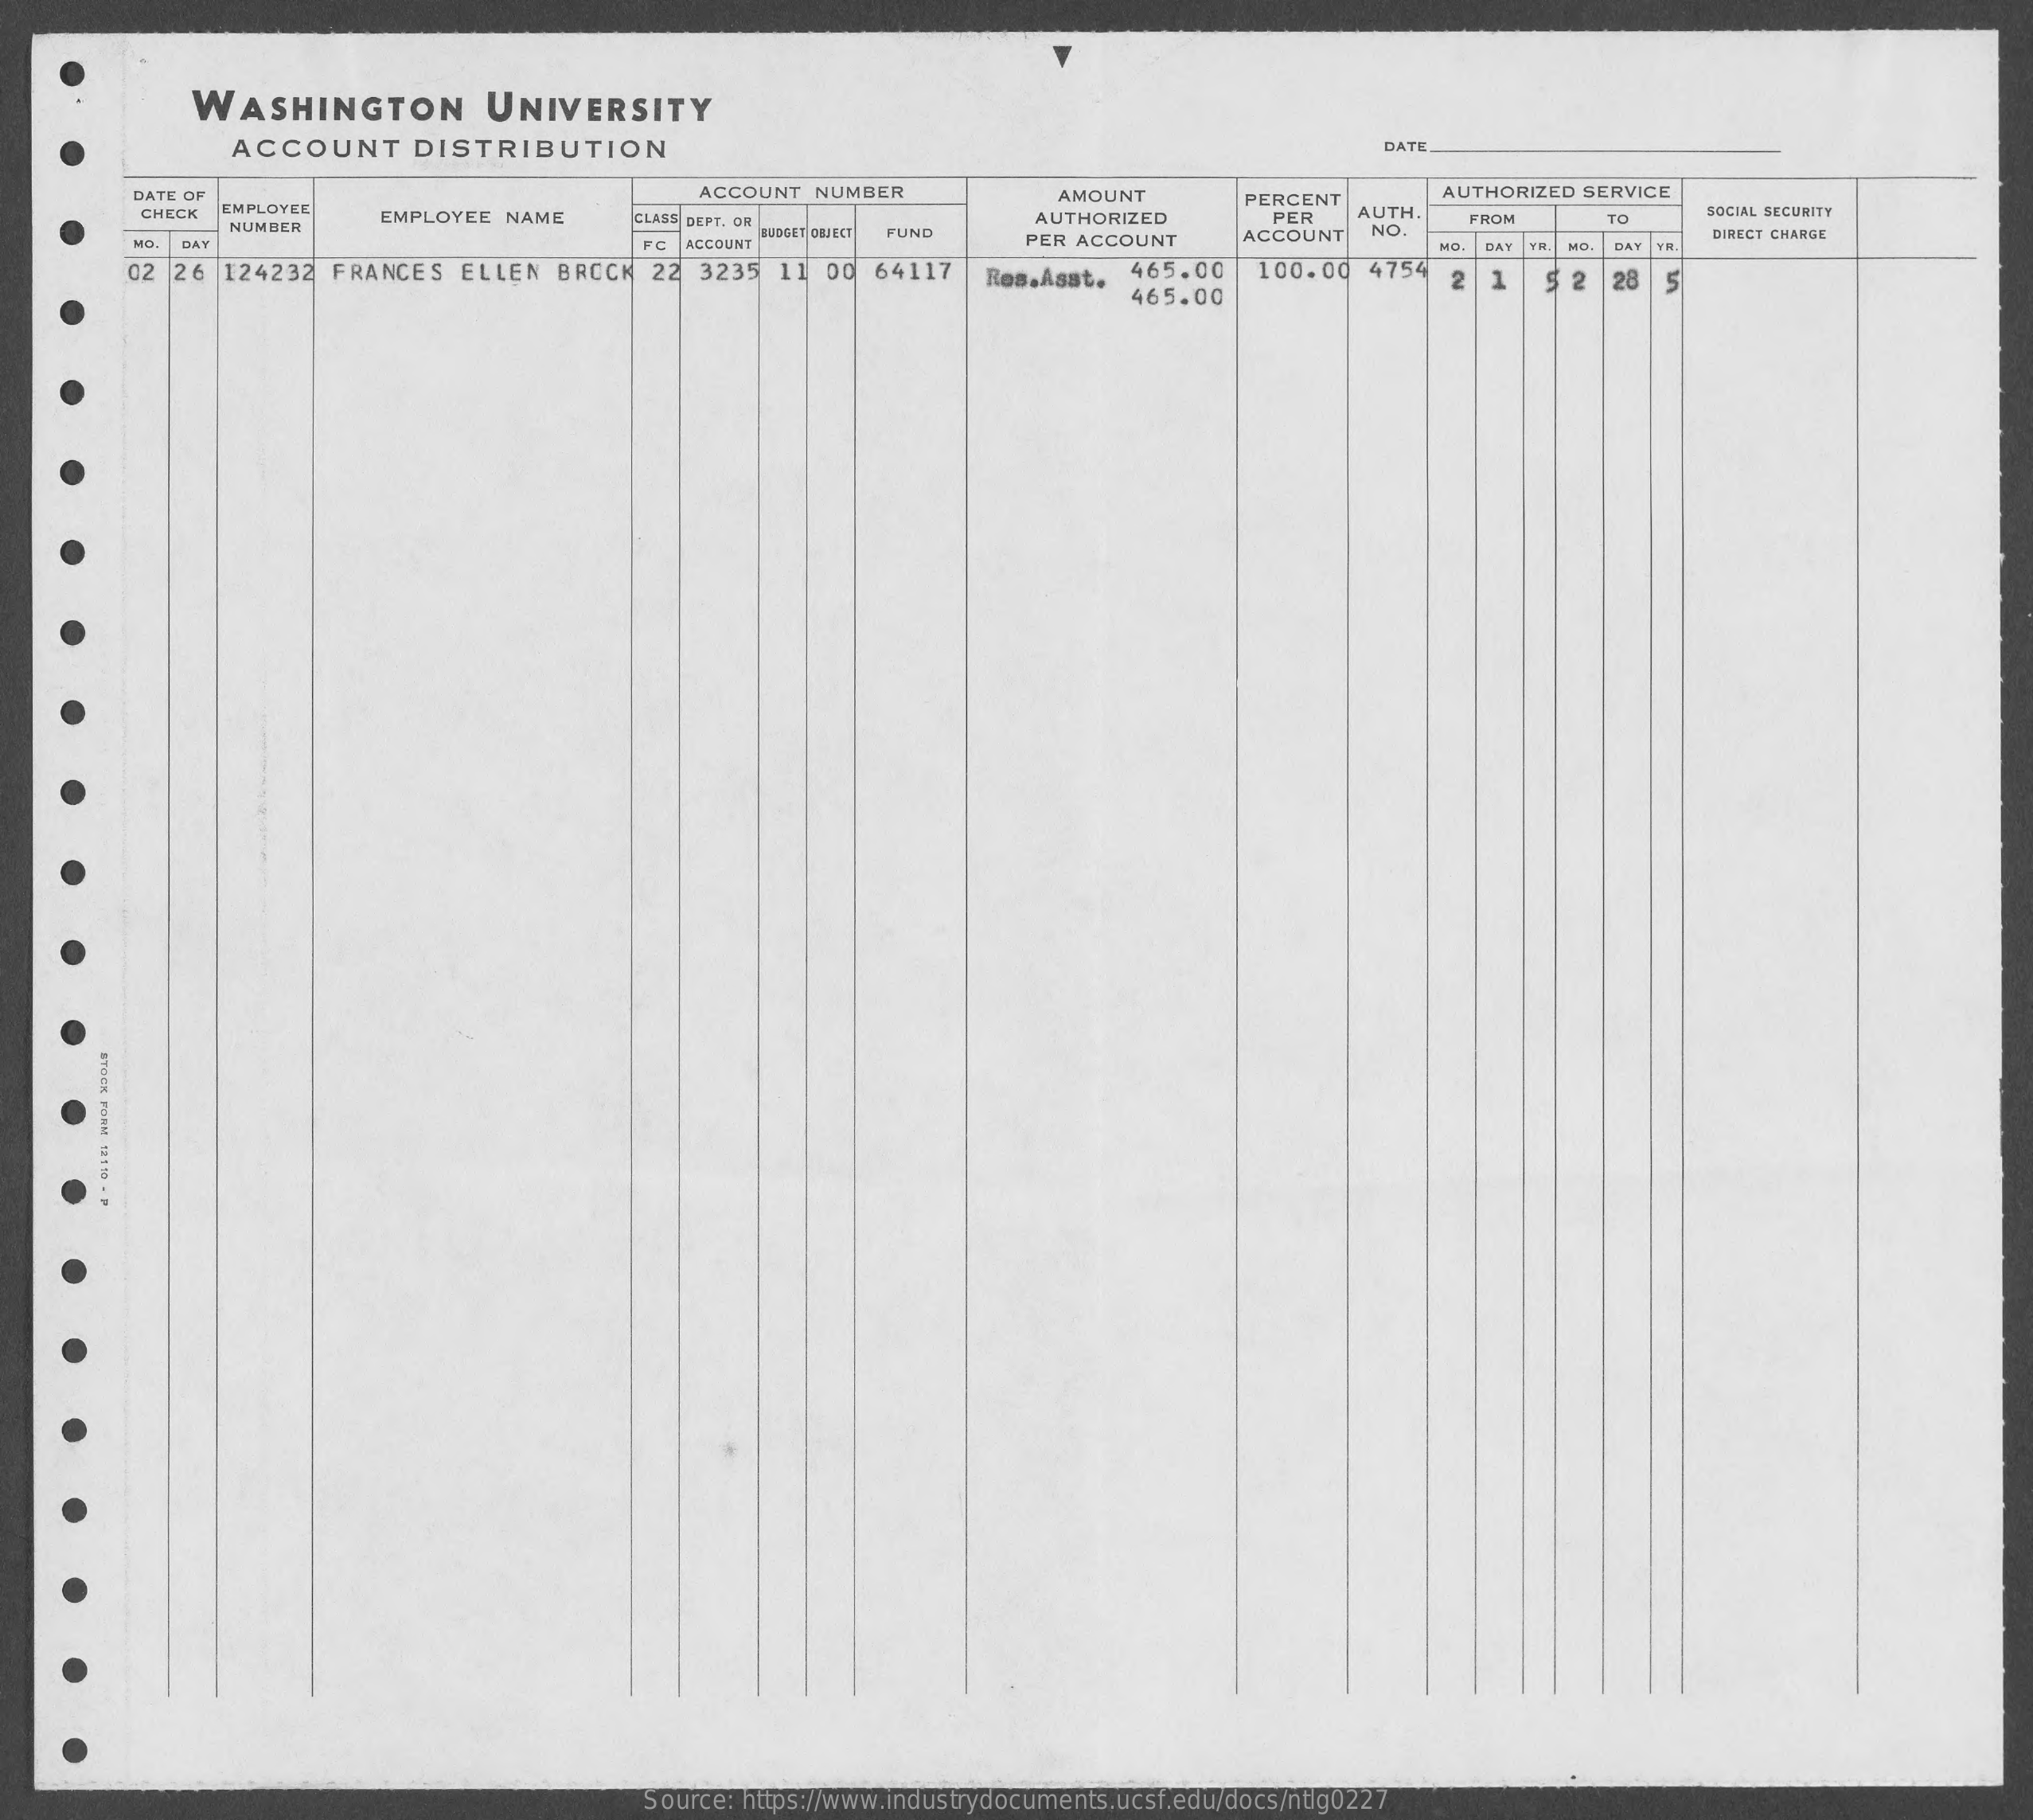
WASHINGTON    UNIVERSITY
     ACCOUNT  DISTRIBUTION    DATE
     DATE OF    AMOUNT
     CHECK EMPLOYEE
     ACCOUNT NUMBER    PERCENT
     AUTHORIZED SERVICE
     CLASS DEPT. OR
     AUTH.    SOCIAL SECURITY
     NUMBER
     EMPLOYEE NAME
     NO.    FC ACCOUNT
     BUDGET OUIGET
     AUTHORIZED  PER    TO
     DAY
     FUND
     PER ACCOUNT ACCOUNT NO.
     FROM
     DIRECT CHANGE
     02 26 124232 FRANCES ELLEN BROCK 22 3235 11 00 64117 Res.Asst. 465.00 100.00 4754
     465.00
     2  1 5 2 28 5
     STOCK
     FORM
     1115
     -
     P
     Source: https://www.industrydocuments.ucsf.edu/docs/ntlg0227